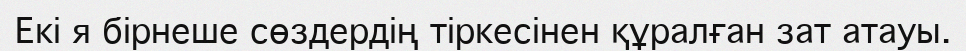
Екі я бірнеше сөздердің тіркесінен құралған зат атауы.